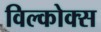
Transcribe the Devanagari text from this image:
विल्कोक्स